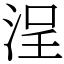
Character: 浧